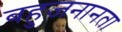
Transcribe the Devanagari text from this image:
बहुजनानता